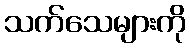
သက်သေများကို